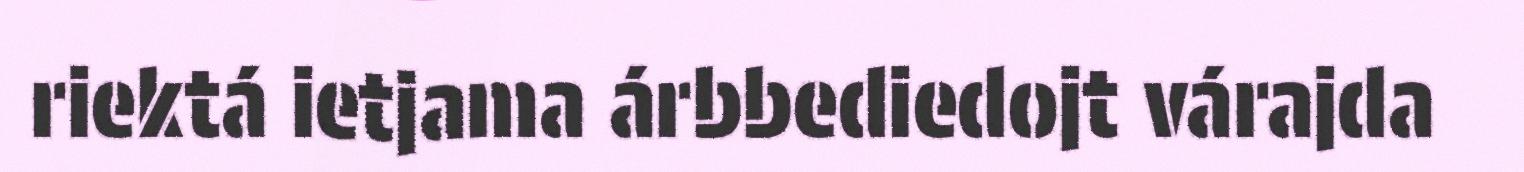
riektá ietjama árbbediedojt várajda